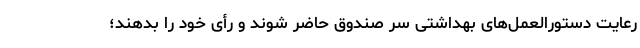
رعایت دستورالعمل‌های بهداشتی سر صندوق حاضر شوند و رأی خود را بدهند؛